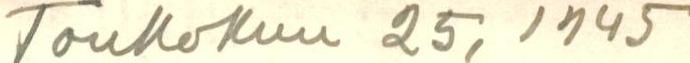
Toukokuu 25, 1945